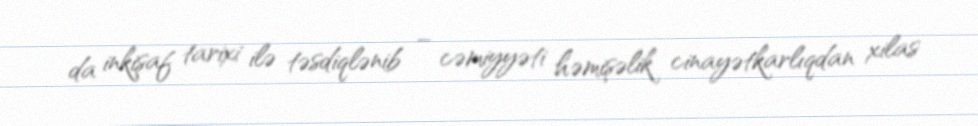
da inkişaf tarixi ilə təsdiqlənib – cəmiyyəti həmişəlik cinayətkarlıqdan xilas